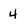
Character: 4